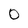
Character: 0